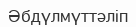
Әбдүлмүттәліп